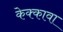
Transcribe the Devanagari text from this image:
केक्कावा